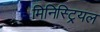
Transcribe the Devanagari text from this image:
मिनिस्ट्रियल